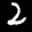
Label: 2